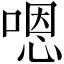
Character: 嗯